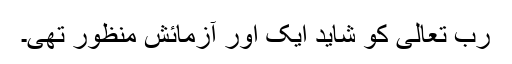
رب تعالٰی کو شاید ایک اور آزمائش منظور تھی۔